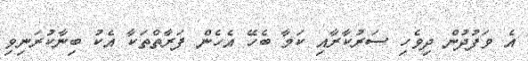
އެ ވަފުދުން ދިވެހި ސަރުކާރާއި ކަމާ ބެހޭ އެހެން ފަރާތްތަކާ އެކު ބިނާކުރަނިވި